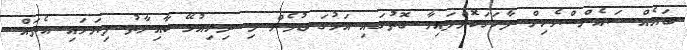
ބައެއް ސައެންސްވެރިން ފާހަގަކޮށްފައިވާ ގޮތުގައި އަޅުގަނޑުމެން މި ދިރިއުޅޭ ކާއިނާތު ފިޔަވައި އެތައް